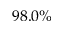
9 8 . 0 \%